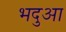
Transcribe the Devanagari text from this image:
भदुआ